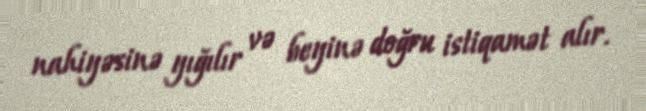
nahiyəsinə yığılır və beyinə doğru istiqamət alır.